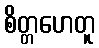
စိတ္တဟေတူ